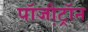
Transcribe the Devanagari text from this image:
पॉजी़ट्रॉन